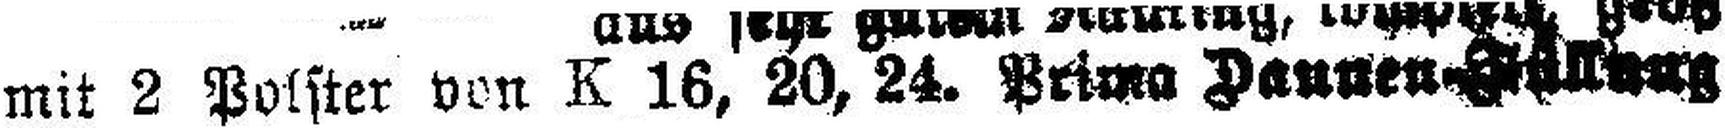
mit 2 Polster von K 16, 20, 24. Printo Daunen ####ll###g